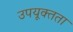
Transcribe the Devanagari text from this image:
उपयूक्तता